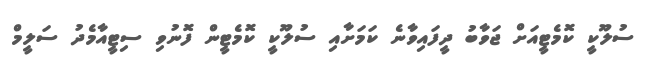
ސުލޫކީ ކޮމެޓީއަށް ޖަވާބު ދީފައިވާނެ ކަމަށާއި ސުލޫކީ ކޮމެޓީން ފޮނުވި ސިޓީއާމެދު ސަލީމް